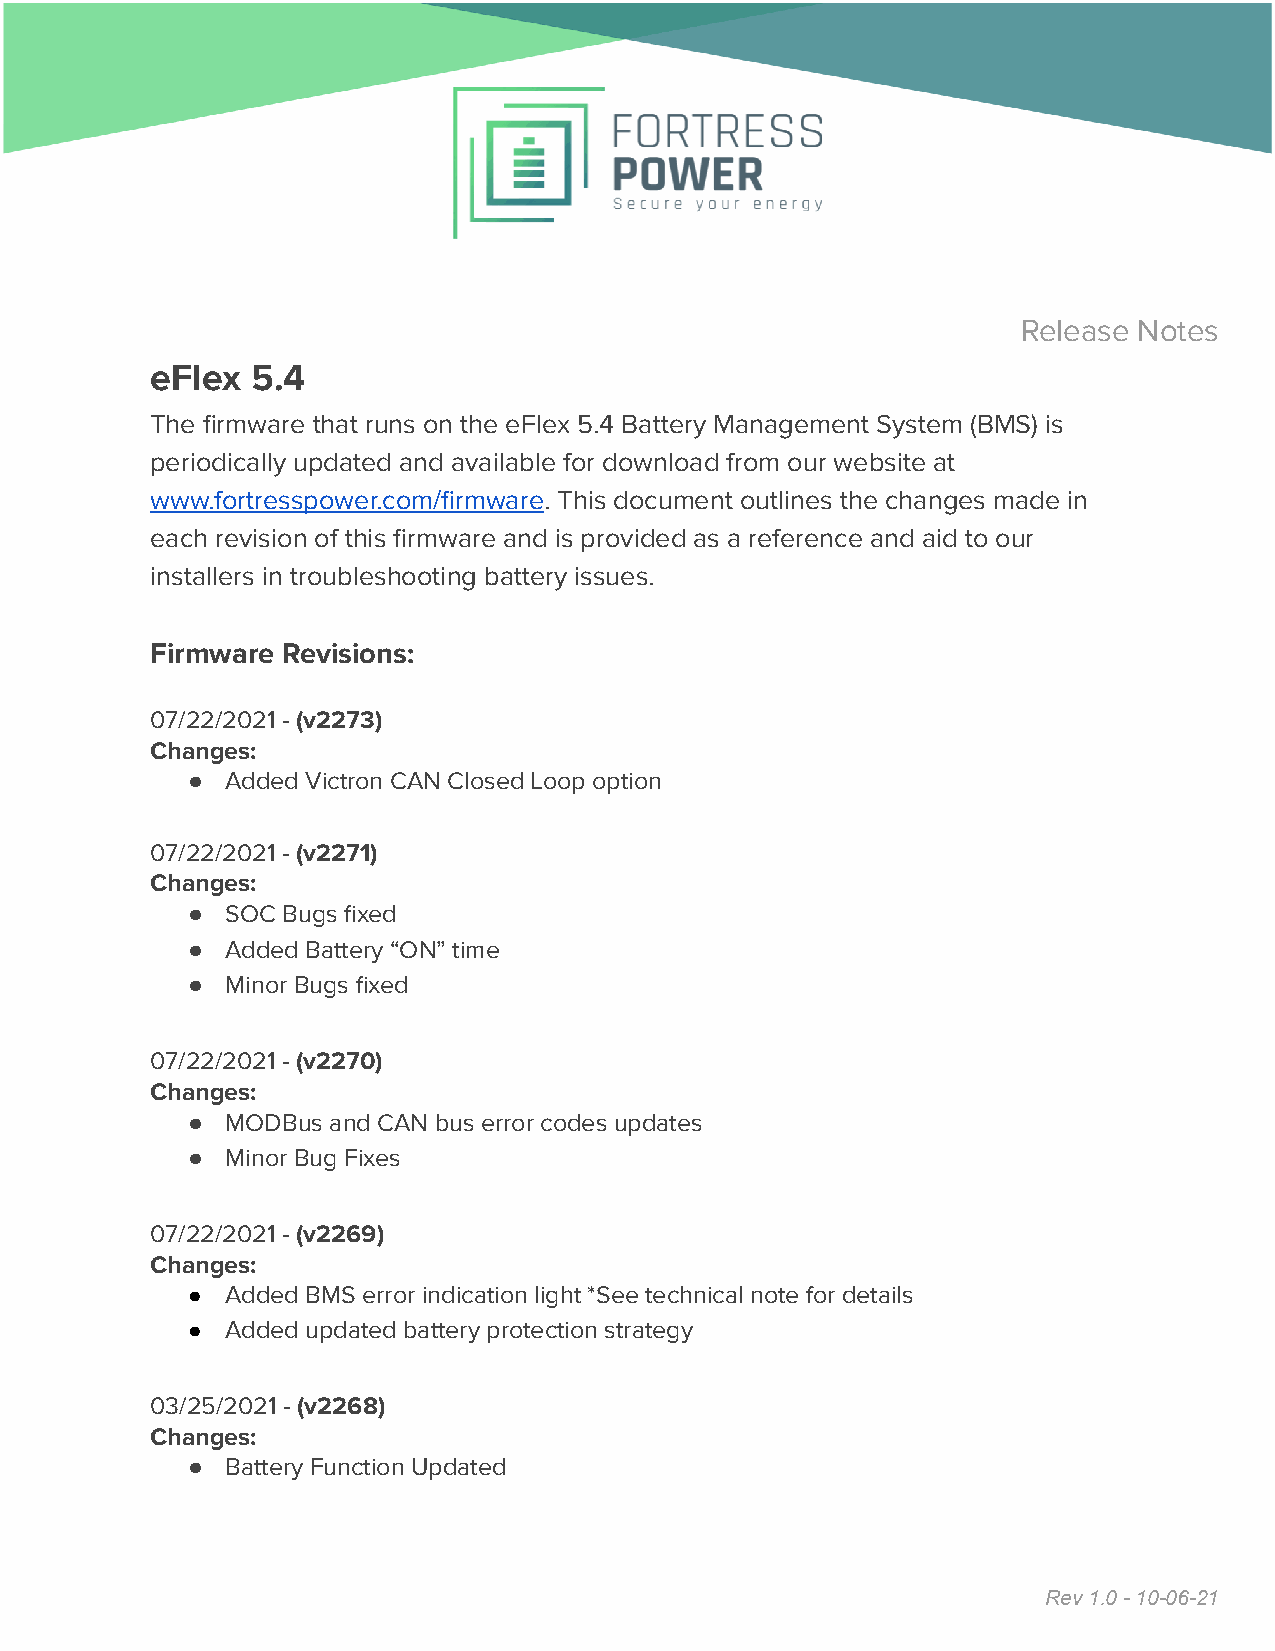
Release Notes
 eFlex  5.4
 The firmware that runs on the eFlex 5.4 Battery Management System (BMS) is
 periodically updated and available for download from our website at
 www.fortresspower.com/firmware. This document outlines the changes made in
 each revision of this firmware and is provided as a reference and aid to our
 installers in troubleshooting battery issues.
 Firmware Revisions:
 07/22/2021 - (v2273)
 Changes:
 ●  Added Victron CAN Closed Loop option
 07/22/2021 - (v2271)
 Changes:
 ●  SOC Bugs fixed
 ●  Added Battery “ON” time
 ●  Minor Bugs fixed
 07/22/2021 - (v2270)
 Changes:
 ●  MODBus and CAN bus error codes updates
 ●  Minor Bug Fixes
 07/22/2021 - (v2269)
 Changes:
 ●  Added BMS error indication light *See technical note for details
 ●  Added updated battery protection strategy
 03/25/2021 - (v2268)
 Changes:
 ●  Battery Function Updated
 Rev 1.0 - 10-06-21